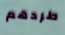
طردهم